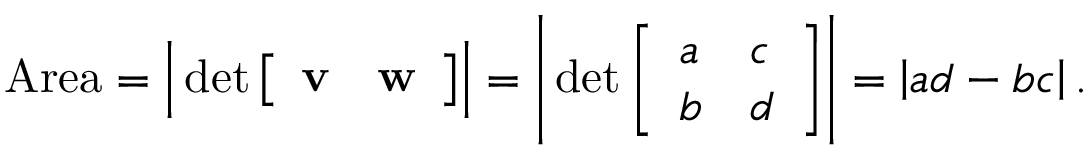
{ \mathrm { A r e a } } = { \Bigl | } \operatorname* { d e t } { \left[ \begin{array} { l l } { { \mathbf { v } } } & { { \mathbf { w } } } \end{array} \right] } { \Bigr | } = { \Biggl | } \operatorname* { d e t } { \left[ \begin{array} { l l } { a } & { c } \\ { b } & { d } \end{array} \right] } { \Biggr | } = \left| a d - b c \right| .